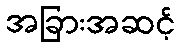
အခြားအဆင့်